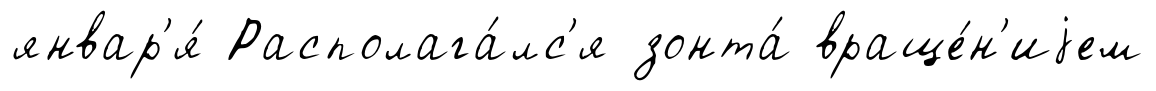
январ'я́ Располага́лс'я зонта́ враще́н'иjем